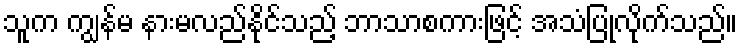
သူက ကျွန်မ နားမလည်နိုင်သည့် ဘာသာစကားဖြင့် အသံပြုလိုက်သည်။